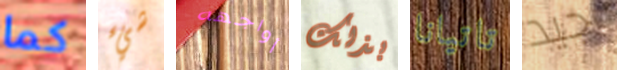
كما شيء أواجهه بذلك تاتيانا جيد